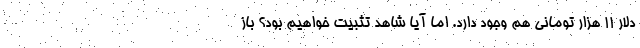
دلار 11 هزار تومانی هم وجود دارد. اما آیا شاهد تثبیت خواهیم بود؟ باز